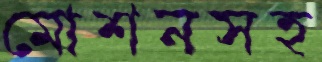
মোশনসহ